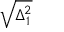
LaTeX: \sqrt { \Delta _ { 1 } ^ { 2 } }